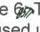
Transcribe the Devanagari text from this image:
८५७७